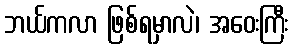
ဘယ်ကလာ ဖြစ်ရမှာလဲ၊ အဝေးကြီး